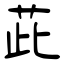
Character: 茈